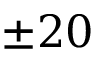
\pm 2 0